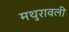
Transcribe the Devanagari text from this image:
मथुरावली